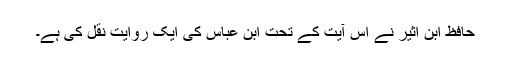
حافظ ابن اثیر نے اس آیت کے تحت ابن عباس کی ایک روایت نقل کی ہے۔